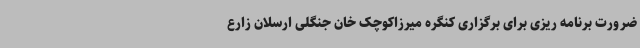
ضرورت برنامه ریزی برای برگزاری کنگره میرزاکوچک خان جنگلی ارسلان زارع